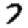
Digit: 7